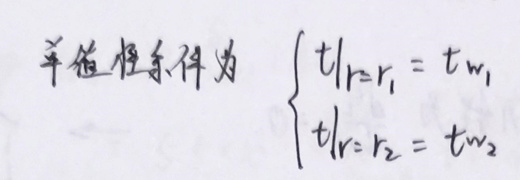
边界条件为
\[
\begin{cases}
\left.t\right|_{r = r_1} = t_{w_1}\\
\left.t\right|_{r = r_2} = t_{w_2}
\end{cases}
\]